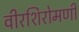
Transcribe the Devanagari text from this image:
वीरशिरोमणी